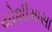
યોશીમાસા